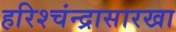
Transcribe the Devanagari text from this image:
हरिश्चंन्द्रासारखा